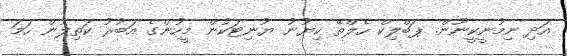
އަދި ނިމުނީކީނޫން. ޕަބްްްލިކް ހެލްތޭ ކިޔުނު ޔުނިޓަކުން މީހުންގެ އަބުރު ކަތިލުން ހަމަ